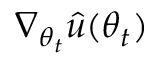
\nabla _ { \boldsymbol { \theta } _ { t } } \hat { u } ( \boldsymbol { \theta } _ { t } )